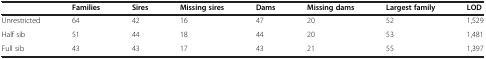
<table><thead><tr><td></td><td><b>Families</b></td><td><b>Sires</b></td><td><b>Missing sires</b></td><td><b>Dams</b></td><td><b>Missing dams</b></td><td><b>Largest family</b></td><td><b>LOD</b></td></tr></thead><tbody><tr><td>Unrestricted</td><td>64</td><td>42</td><td>16</td><td>47</td><td>20</td><td>52</td><td>1,529</td></tr><tr><td>Half sib</td><td>51</td><td>44</td><td>18</td><td>44</td><td>20</td><td>53</td><td>1,481</td></tr><tr><td>Full sib</td><td>43</td><td>43</td><td>17</td><td>43</td><td>21</td><td>55</td><td>1,397</td></tr></tbody></table>